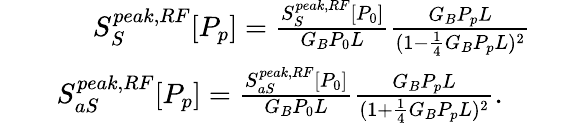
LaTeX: \begin{array}{rlr}&{}&{S_{S}^{peak,RF}[P_{p}]=\frac{S_{S}^{peak,RF}[P_{0}]}{G_{B}P_{0}L}\frac{G_{B}P_{p}L}{(1-\frac{1}{4}G_{B}P_{p}L)^{2}}\quad\quad}\\ &{}&{S_{aS}^{peak,RF}[P_{p}]=\frac{S_{aS}^{peak,RF}[P_{0}]}{G_{B}P_{0}L}\frac{G_{B}P_{p}L}{(1+\frac{1}{4}G_{B}P_{p}L)^{2}}.\quad\quad\quad}\end{array}